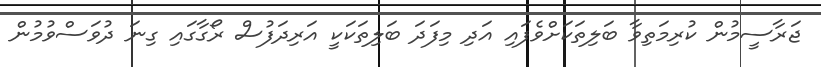
ޖަރާސީމުން ކުރިމަތިވާ ބަލިތަކަށްވެފައި އަދި މިފަދަ ބަލިތަކަކީ އަރިދަފުސް ރޯގާގައި ގިނަ ދުވަސްވުމުން